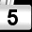
Digit: 5